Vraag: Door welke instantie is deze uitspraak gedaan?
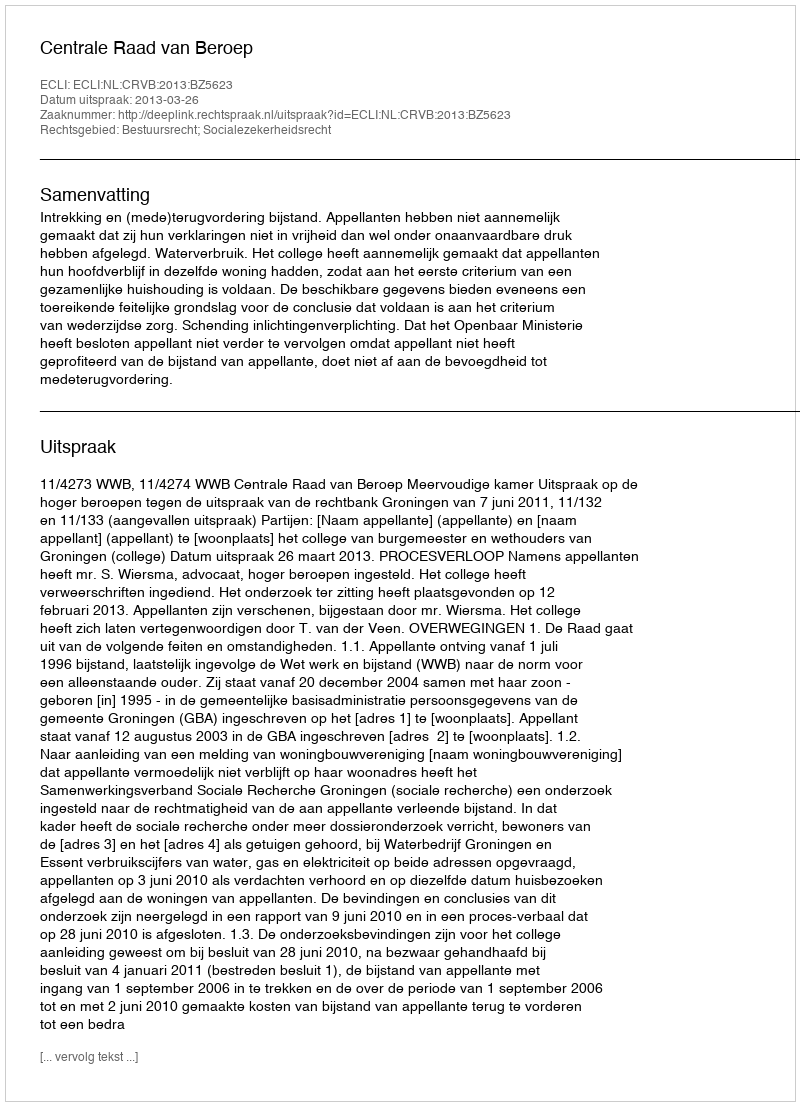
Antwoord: Centrale Raad van Beroep